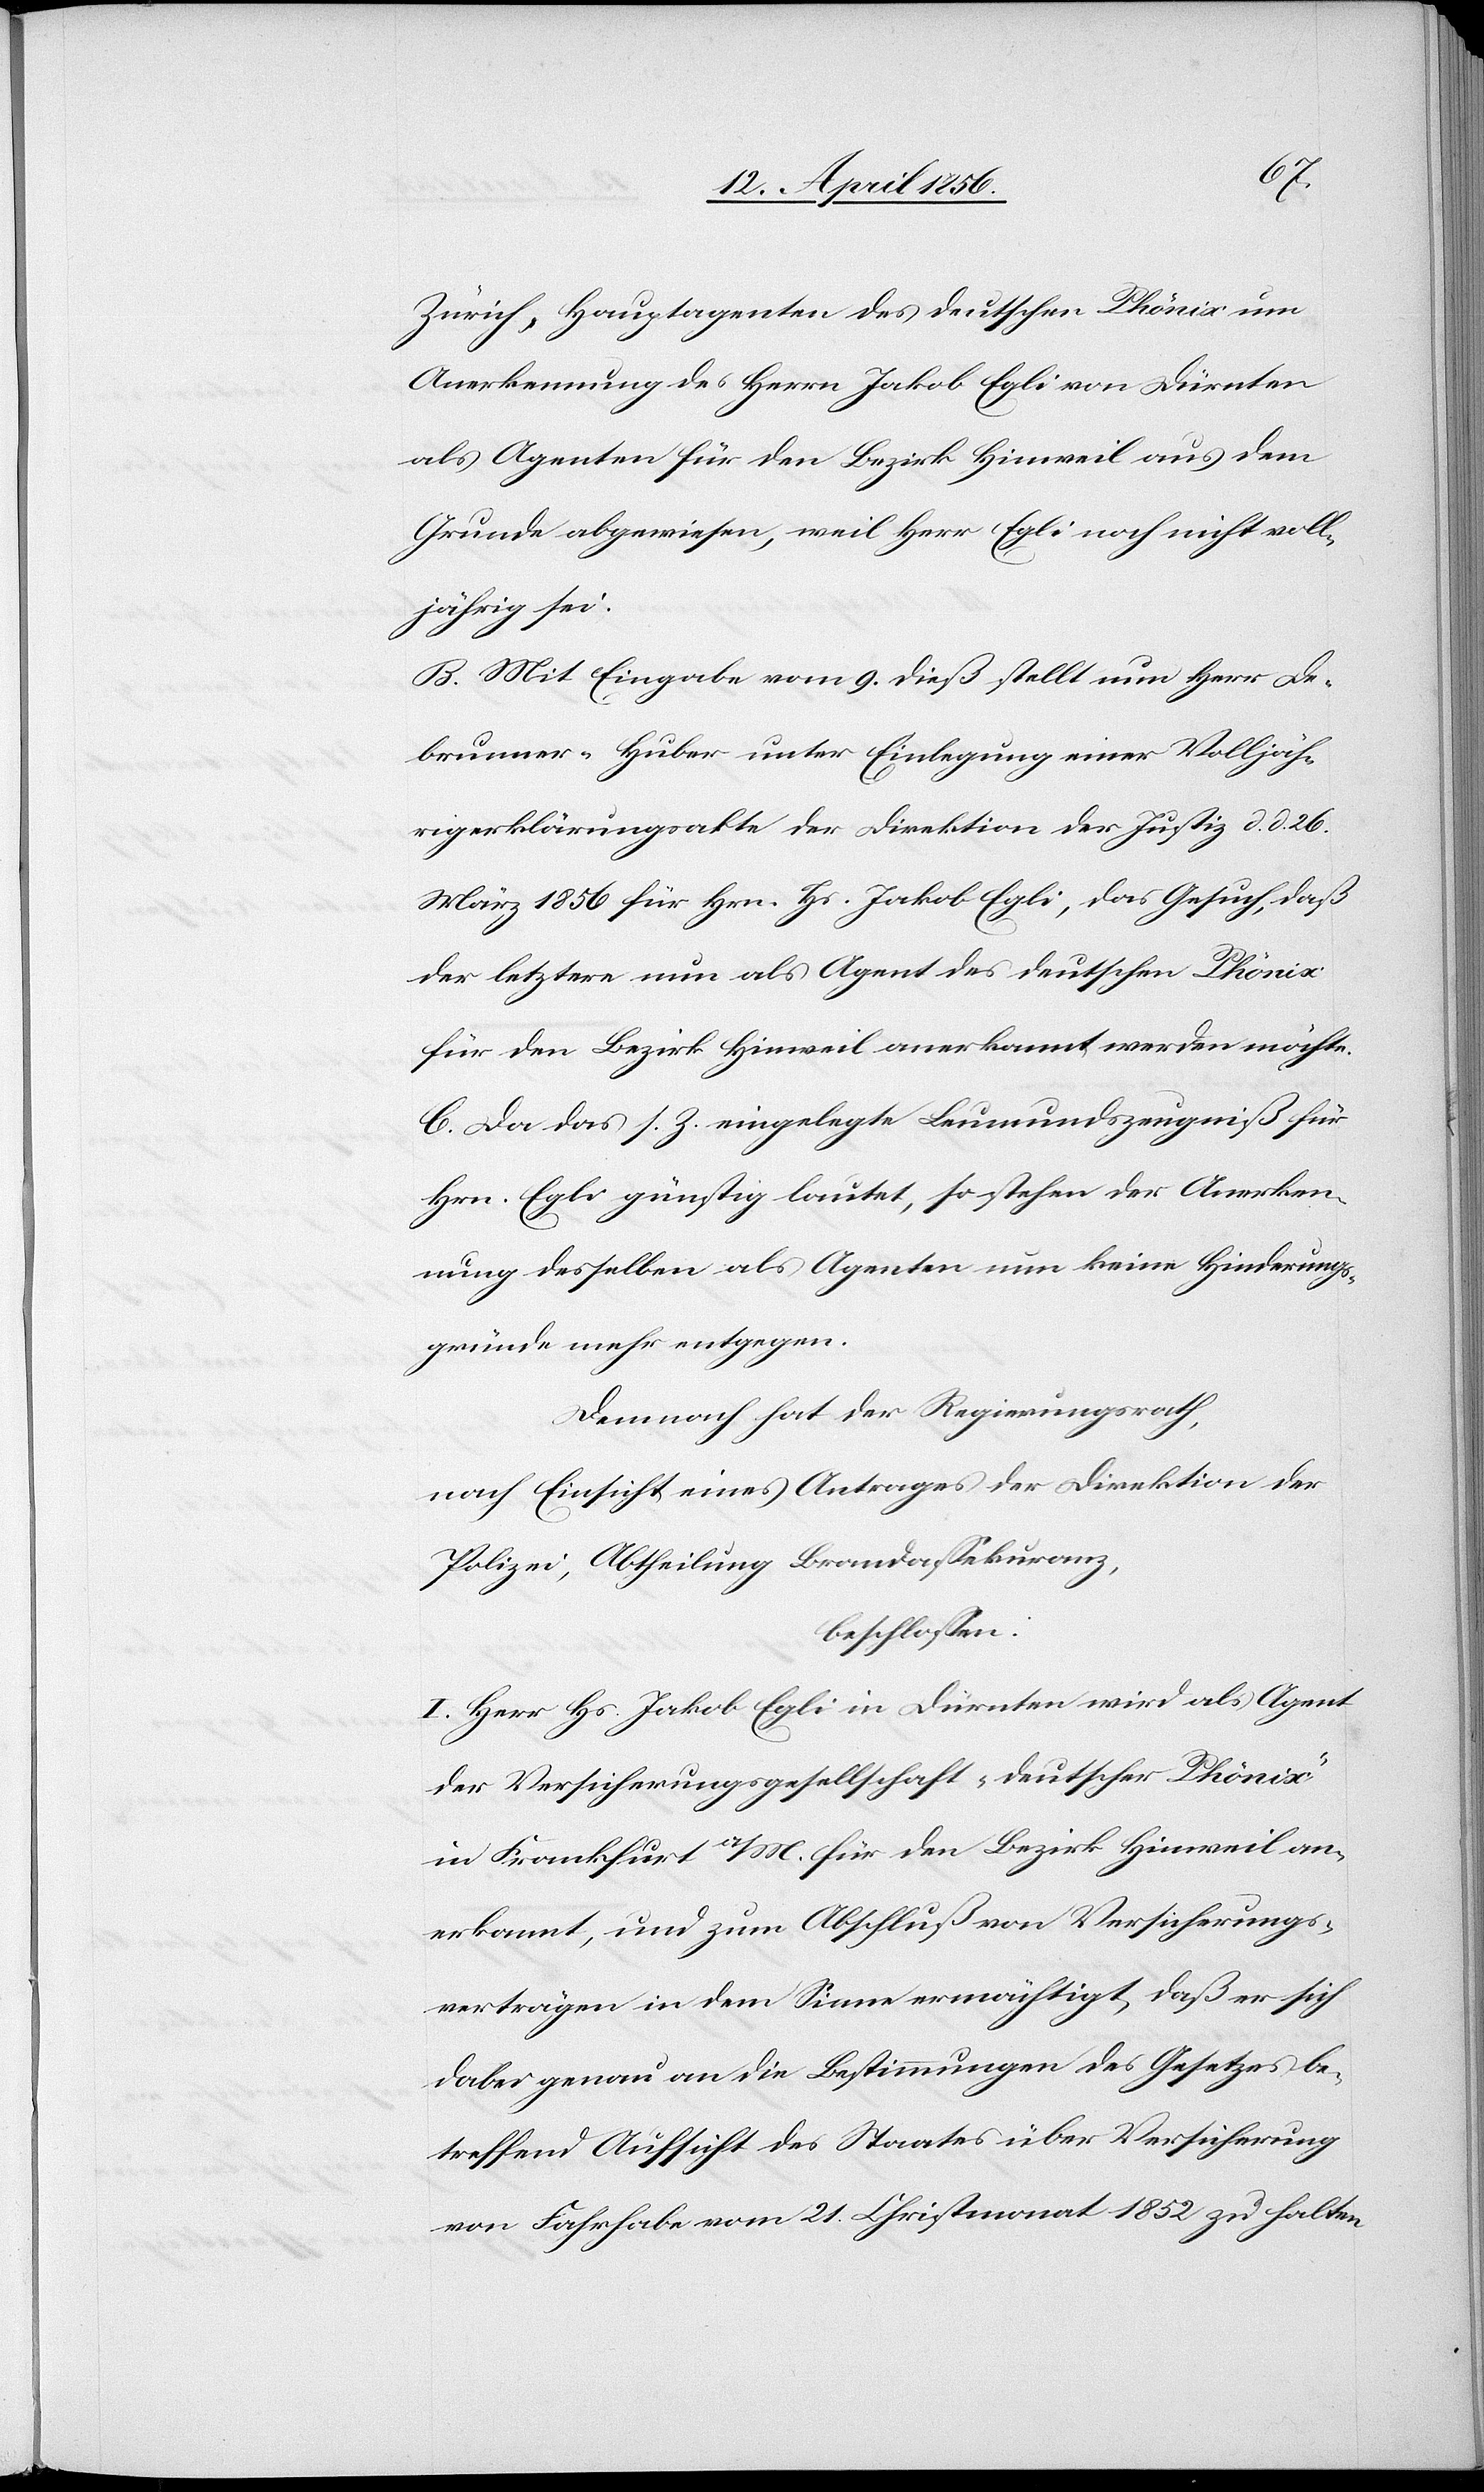
Zürich, Hauptagenten des deutschen Phönix um
Anerkennung des Herrn Jakob Egli von Dürnten
als Agenten für den Bezirk Hinweil aus dem
Grunde abgewiesen, weil Herr Egli noch nicht voll¬
jährig sei.
B. Mit Eingabe vom 9. dieß stellt nun Herr De¬
brunner-Huber unter Einlegung einer Volljäh¬
rigerklärungsakte der Direktion der Justiz d. d. 26.
März 1856 für Hrn. Hs. Jakob Egli , das Gesuch, daß
der letztere nun als Agent des deutschen Phönix
für den Bezirk Hinweil anerkannt werden möchte.
C. Da das s. Z. eingelegte Leumundszeugnis für
Hrn. Egli günstig lautet, so stehen der Anerken¬
nung desselben als Agenten nun keine Hinderungs¬
gründe mehr entgegen.
Demnach hat der Regierungsrath,
nach Einsicht eines Antrages der Direktion der
Polizei, Abtheilung Brandassekuranz,
beschlossen:
I. Herr Hs. Jakob Egli in Dürnten wird als Agent
der Versicherungsgesellschaft „deutscher Phönix“
in Frankfurt a/M. für den Bezirk Hinweil an¬
erkannt, und zum Abschluß von Versicherungs¬
verträgen in dem Sinne ermächtigt, daß er sich
dabei genau an die Bestimmungen des Gesetzes be¬
treffend Aufsicht des Staates über Versicherung
von Fahrhabe vom 21. Christmonat 1852 zu halten